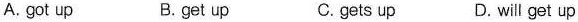
A.got up B.get up c.gets up D.will get up